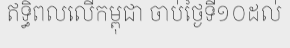
ឥទ្ធិពលលើកម្ពុជា ចាប់ថ្ងៃទី១០ដល់